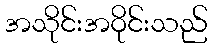
အသိုင်းအဝိုင်းသည်